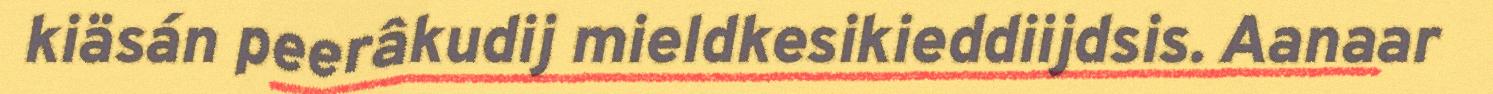
kiäsán peerâkudij mieldkesikieddiijdsis. Aanaar